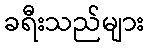
ခရီးသည်များ